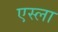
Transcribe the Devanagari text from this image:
एस्ला